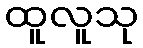
ထူလူသု